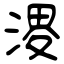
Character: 溭